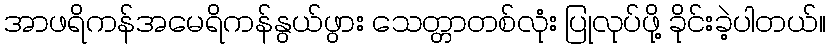
အာဖရိကန်အမေရိကန်နွယ်ဖွား သေတ္တာတစ်လုံး ပြုလုပ်ဖို့ ခိုင်းခဲ့ပါတယ်။